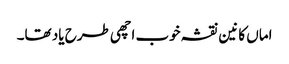
اماں کانین نقشہ خوب اچھی طرح یاد تھا۔